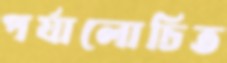
পর্যালোচিত